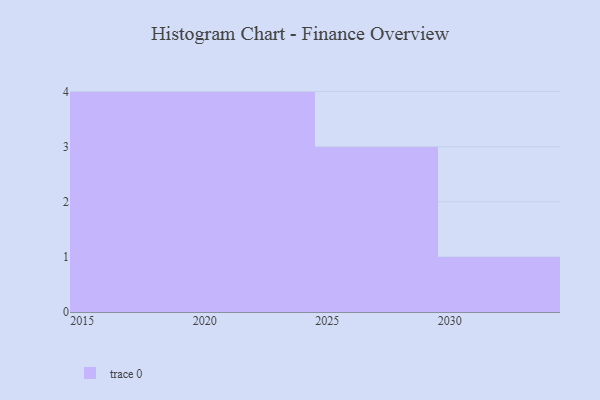
{"axis": {"x": "Year", "y": "Bounce Rate (%)"}, "legend": [""], "data": [{"x": "2024", "y": 23, "type": ""}, {"x": "2020", "y": 30, "type": ""}, {"x": "2016", "y": 71, "type": ""}, {"x": "2017", "y": 55, "type": ""}, {"x": "2021", "y": 67, "type": ""}, {"x": "2027", "y": 98, "type": ""}, {"x": "2030", "y": 14, "type": ""}, {"x": "2026", "y": 45, "type": ""}, {"x": "2019", "y": 16, "type": ""}, {"x": "2022", "y": 69, "type": ""}, {"x": "2029", "y": 8, "type": ""}, {"x": "2018", "y": 7, "type": ""}]}